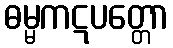
ဓမ္မကဋပတ္တော